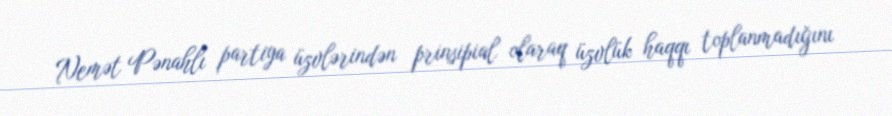
Nemət Pənahlı partiya üzvlərindən prinsipial olaraq üzvlük haqqı toplanmadığını